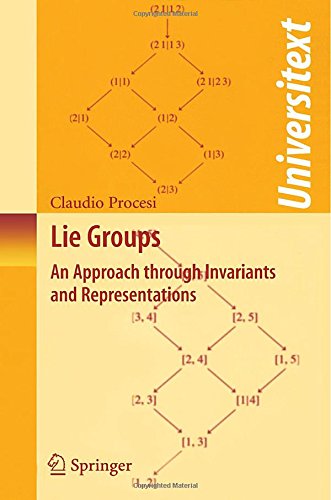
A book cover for Lie Groups: An Approach through Invariants and Representations (Universitext); Claudio Procesi; Computers & Technology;